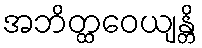
အဘိတ္ထဝေယျန္တိ